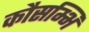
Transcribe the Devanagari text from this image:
कौसम्भि